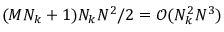
( M N _ { k } + 1 ) N _ { k } N ^ { 2 } / 2 = \mathcal { O } ( N _ { k } ^ { 2 } N ^ { 3 } )